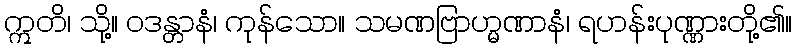
ဣတိ၊ သို့။ ဝဒန္တာနံ၊ ကုန်သော။ သမဏဗြာဟ္မဏာနံ၊ ရဟန်းပုဏ္ဏားတို့၏။